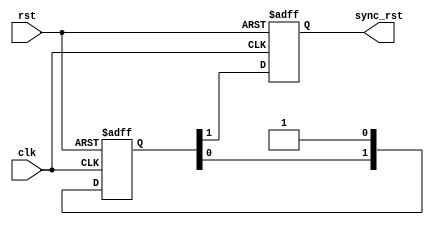
module RST_SYNC # (parameter NUM_STG = 2)(	
input    wire     rst,
input    wire     clk,
output   reg      sync_rst
);

//INTERNAL SIGNALS
		
reg   [NUM_STG-1:0]    sync_reg;
		
always @(posedge clk or negedge rst)
 begin
  if(!rst)      
   begin
    sync_reg <= 'b0 ;
    sync_rst <= 'b0 ;
   end
  else
   begin
    sync_reg <= {sync_reg[NUM_STG-2:0], 1'b1}    ;
    sync_rst <= sync_reg[NUM_STG-1]             ;   // ONE CLOCK CYCLE DELAY 
   end  
 end
 
 
//assign  SYNC_RST = sync_reg[NUM_STAGES-1] ;

endmodule